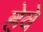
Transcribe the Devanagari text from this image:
हेवे